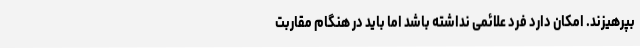
بپرهیزند. امکان دارد فرد علائمی نداشته باشد اما باید در هنگام مقاربت